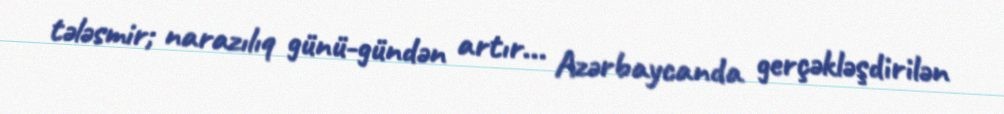
tələsmir; narazılıq günü-gündən artır... Azərbaycanda gerçəkləşdirilən